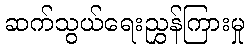
ဆက်သွယ်ရေးညွှန်ကြားမှု